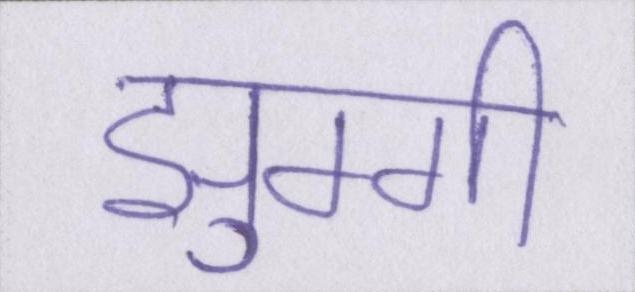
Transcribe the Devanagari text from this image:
झुग्गी